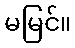
မမြင်။